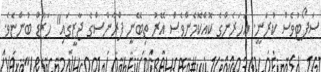
ސަޕޯޓުވެސް ކުރަނީ. އަހަރެންގެ ކޮއްކޮމެންވެސް އޭރު ތިބޭނީ ފްރާންސްގެ ޖާޒީގައި" ހަޒާޑް ބުންޏެވެ.